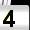
Digit: 4